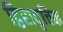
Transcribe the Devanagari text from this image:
द्विरावृत्तिक